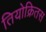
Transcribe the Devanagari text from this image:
तियोक्रितस